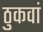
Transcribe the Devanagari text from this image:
ठुकवां